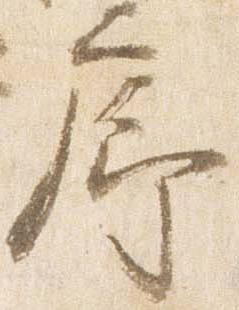
廊